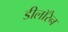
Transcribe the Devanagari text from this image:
डीलॉरेन